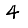
Digit: 4